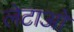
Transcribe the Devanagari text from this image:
लेटाओ